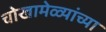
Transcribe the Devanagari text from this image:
चोखामेळ्यांच्या